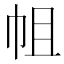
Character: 𢂈